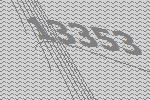
13353